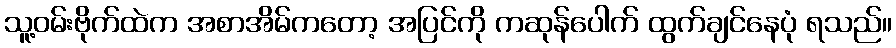
သူ့ဝမ်းဗိုက်ထဲက အစာအိမ်ကတော့ အပြင်ကို ကဆုန်ပေါက် ထွက်ချင်နေပုံ ရသည်။